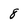
Character: 8